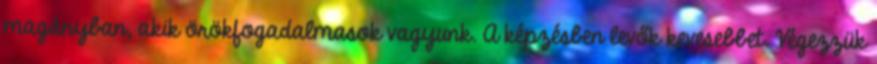
magányban, akik örökfogadalmasok vagyunk. A képzésben levők kevesebbet. Végezzük